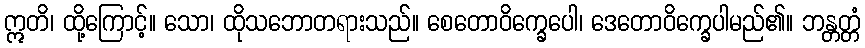
ဣတိ၊ ထို့ကြောင့်။ သော၊ ထိုသဘောတရားသည်။ စေတောဝိက္ခေပေါ၊ ဒေတောဝိက္ခေပါမည်၏။ ဘန္တတ္တံ